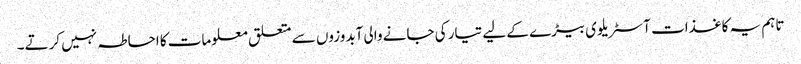
تاہم یہ کاغذات آسٹریلوی بیڑے کے لیے تیار کی جانے والی آبدوزوں سے متعلق معلومات کا احاطہ نہیں کرتے۔